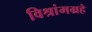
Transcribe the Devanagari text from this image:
विश्रांमग्रहे